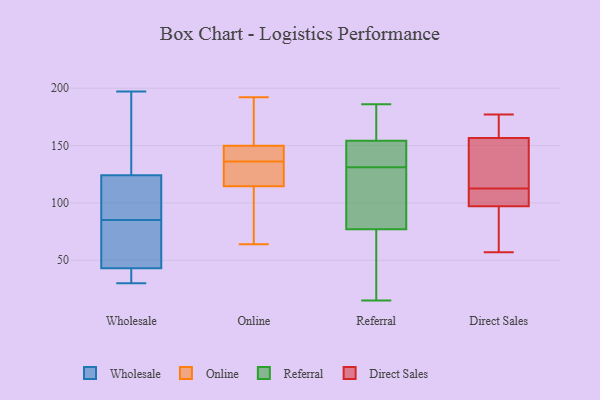
{"axis": {"x": "Bounce Rate (%)", "y": "Value"}, "legend": ["Direct Sales", "Online", "Referral", "Wholesale"], "data": [{"x": "", "y": 174, "type": "Wholesale"}, {"x": "", "y": 34, "type": "Wholesale"}, {"x": "", "y": 82, "type": "Wholesale"}, {"x": "", "y": 88, "type": "Wholesale"}, {"x": "", "y": 103, "type": "Wholesale"}, {"x": "", "y": 71, "type": "Wholesale"}, {"x": "", "y": 31, "type": "Wholesale"}, {"x": "", "y": 124, "type": "Wholesale"}, {"x": "", "y": 106, "type": "Wholesale"}, {"x": "", "y": 66, "type": "Wholesale"}, {"x": "", "y": 166, "type": "Wholesale"}, {"x": "", "y": 30, "type": "Wholesale"}, {"x": "", "y": 35, "type": "Wholesale"}, {"x": "", "y": 43, "type": "Wholesale"}, {"x": "", "y": 197, "type": "Wholesale"}, {"x": "", "y": 131, "type": "Wholesale"}, {"x": "", "y": 48, "type": "Wholesale"}, {"x": "", "y": 121, "type": "Wholesale"}, {"x": "", "y": 76, "type": "Online"}, {"x": "", "y": 192, "type": "Online"}, {"x": "", "y": 145, "type": "Online"}, {"x": "", "y": 64, "type": "Online"}, {"x": "", "y": 76, "type": "Online"}, {"x": "", "y": 119, "type": "Online"}, {"x": "", "y": 123, "type": "Online"}, {"x": "", "y": 182, "type": "Online"}, {"x": "", "y": 116, "type": "Online"}, {"x": "", "y": 119, "type": "Online"}, {"x": "", "y": 137, "type": "Online"}, {"x": "", "y": 162, "type": "Online"}, {"x": "", "y": 160, "type": "Online"}, {"x": "", "y": 151, "type": "Online"}, {"x": "", "y": 142, "type": "Online"}, {"x": "", "y": 90, "type": "Online"}, {"x": "", "y": 114, "type": "Online"}, {"x": "", "y": 136, "type": "Online"}, {"x": "", "y": 146, "type": "Online"}, {"x": "", "y": 52, "type": "Referral"}, {"x": "", "y": 174, "type": "Referral"}, {"x": "", "y": 72, "type": "Referral"}, {"x": "", "y": 120, "type": "Referral"}, {"x": "", "y": 131, "type": "Referral"}, {"x": "", "y": 15, "type": "Referral"}, {"x": "", "y": 107, "type": "Referral"}, {"x": "", "y": 152, "type": "Referral"}, {"x": "", "y": 75, "type": "Referral"}, {"x": "", "y": 155, "type": "Referral"}, {"x": "", "y": 186, "type": "Referral"}, {"x": "", "y": 141, "type": "Referral"}, {"x": "", "y": 83, "type": "Referral"}, {"x": "", "y": 163, "type": "Referral"}, {"x": "", "y": 131, "type": "Referral"}, {"x": "", "y": 101, "type": "Direct Sales"}, {"x": "", "y": 57, "type": "Direct Sales"}, {"x": "", "y": 163, "type": "Direct Sales"}, {"x": "", "y": 124, "type": "Direct Sales"}, {"x": "", "y": 177, "type": "Direct Sales"}, {"x": "", "y": 94, "type": "Direct Sales"}, {"x": "", "y": 100, "type": "Direct Sales"}, {"x": "", "y": 74, "type": "Direct Sales"}, {"x": "", "y": 125, "type": "Direct Sales"}, {"x": "", "y": 101, "type": "Direct Sales"}, {"x": "", "y": 150, "type": "Direct Sales"}, {"x": "", "y": 169, "type": "Direct Sales"}]}